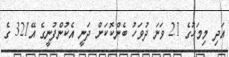
އަދި މިމަހުގެ 21 ވަނަ ދުވަހު ބެންކޮކަށް ދަނީ އެކުންފުނީގެ އޭ321 ގެ